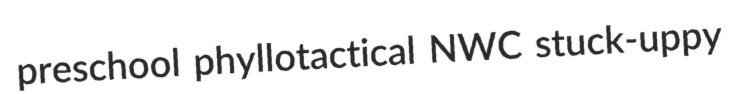
preschool phyllotactical NWC stuck-uppy